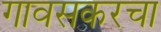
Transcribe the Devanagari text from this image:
गावसकरचा